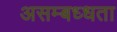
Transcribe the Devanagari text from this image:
असम्बध्धता